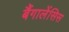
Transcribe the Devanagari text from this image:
बैंगालेंसिस